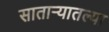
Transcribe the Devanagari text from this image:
सातार्‍यातल्या